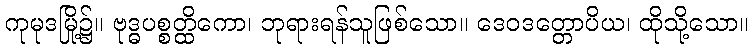
ကုမုဒမြို့၌။ ဗုဒ္ဓပစ္စတ္ထိကော၊ ဘုရားရန်သူဖြစ်သော။ ဒေဝဒတ္တောပိယ၊ ထိုသို့သော။